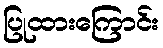
ပြုထားကြောင်း